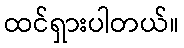
ထင်ရှားပါတယ်။